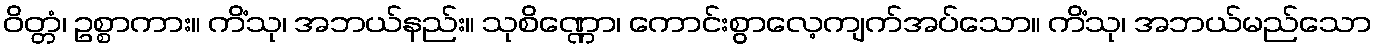
ဝိတ္တံ၊ ဥစ္စာကား။ ကိံသု၊ အဘယ်နည်း။ သုစိဏ္ဏော၊ ကောင်းစွာလေ့ကျက်အပ်သော။ ကိံသု၊ အဘယ်မည်သော